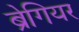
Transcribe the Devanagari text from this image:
ब्रेगियर